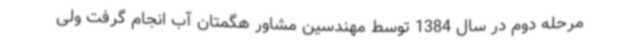
مرحله دوم در سال 1384 توسط مهندسین مشاور هگمتان آب انجام گرفت ولی